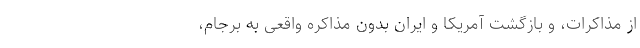
از مذاکرات، و بازگشتِ آمریکا ‌و ایران بدون مذاکره‌ واقعی به برجام،